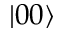
\left| 0 0 \right\rangle